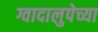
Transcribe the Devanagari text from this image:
ग्वादालुपेच्या